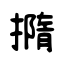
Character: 撱